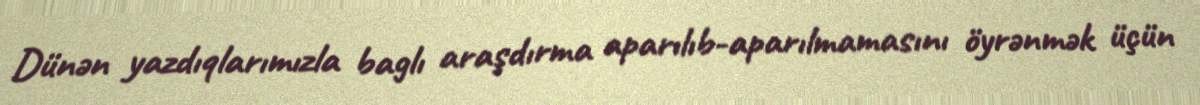
Dünən yazdıqlarımızla baglı araşdırma aparılıb-aparılmamasını öyrənmək üçün